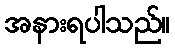
အနားရပါသည်။